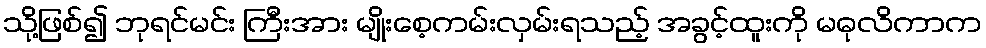
သို့ဖြစ်၍ ဘုရင်မင်း ကြီးအား မျိုးစေ့ကမ်းလှမ်းရသည့် အခွင့်ထူးကို မဓုလိကာက